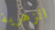
الزهرية